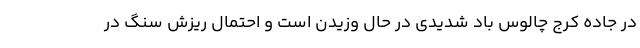
در جاده کرج چالوس باد شدیدی در حال وزیدن است و احتمال ریزش سنگ در